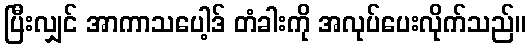
ပြီးလျှင် အာကာသပေါ့ဒ် တံခါးကို အလုပ်ပေးလိုက်သည်။